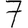
Digit: 7